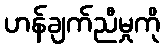
ဟန်ချက်ညီမှုကို